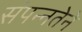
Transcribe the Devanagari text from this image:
संपन्नतेने